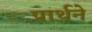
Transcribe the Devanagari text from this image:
प्रार्थने